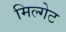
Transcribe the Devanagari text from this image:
मिल्गेट